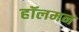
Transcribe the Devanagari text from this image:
हॉलमन